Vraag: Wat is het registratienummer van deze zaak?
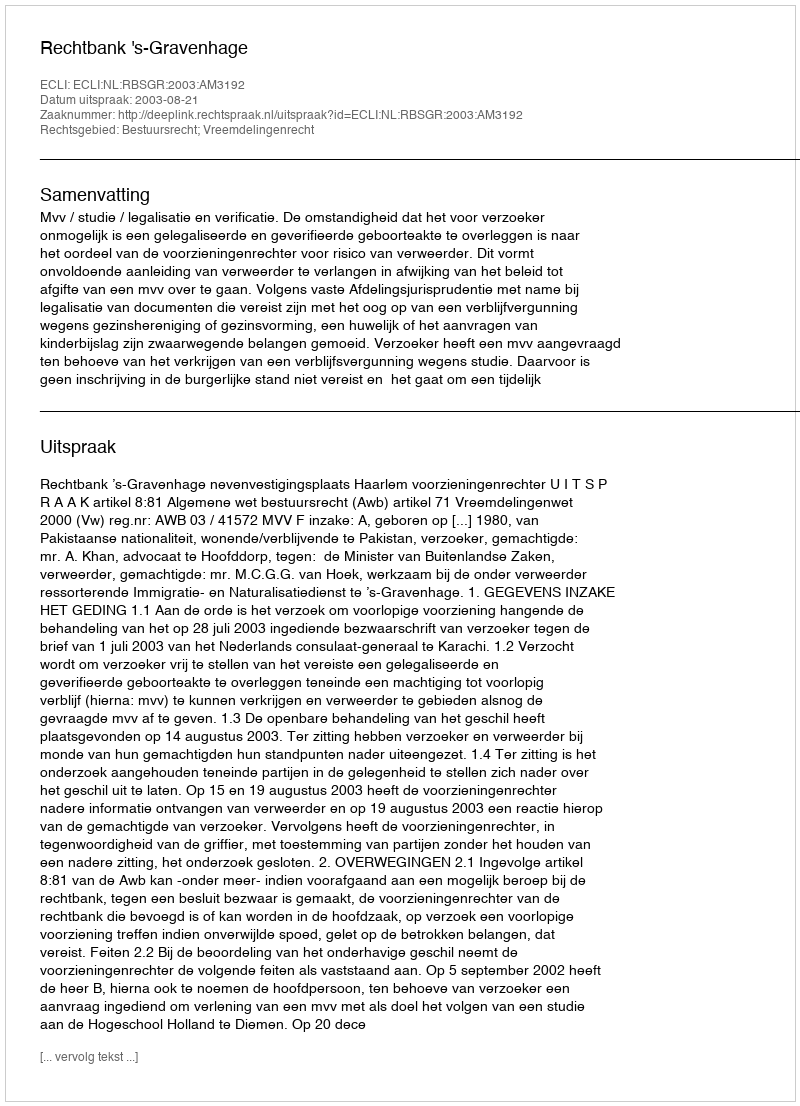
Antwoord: http://deeplink.rechtspraak.nl/uitspraak?id=ECLI:NL:RBSGR:2003:AM3192